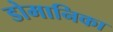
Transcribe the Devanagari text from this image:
डोमानिका